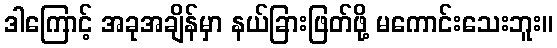
ဒါကြောင့် အခုအချိန်မှာ နယ်ခြားဖြတ်ဖို့ မကောင်းသေးဘူး။